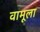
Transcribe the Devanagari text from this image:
वामूला